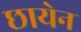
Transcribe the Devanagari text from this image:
छायेन